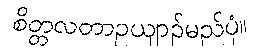
စိတ္တလတာဥယျာဉ်မည်ပုံ။